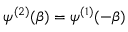
\psi ^ { ( 2 ) } ( \beta ) = \psi ^ { ( 1 ) } ( - \beta )